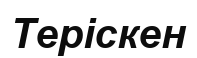
Теріскен